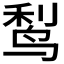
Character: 𬸎